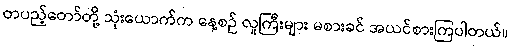
တပည့်တော်တို့ သုံးယောက်က နေ့စဉ် လူကြီးများ မစားခင် အယင်စားကြပါတယ်။